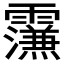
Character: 𮦼